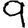
Digit: 9